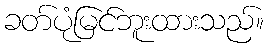
ခတ်ပုံမြင်ဘူးထားသည်။